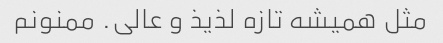
مثل همیشه تازه لذیذ و عالی. ممنونم